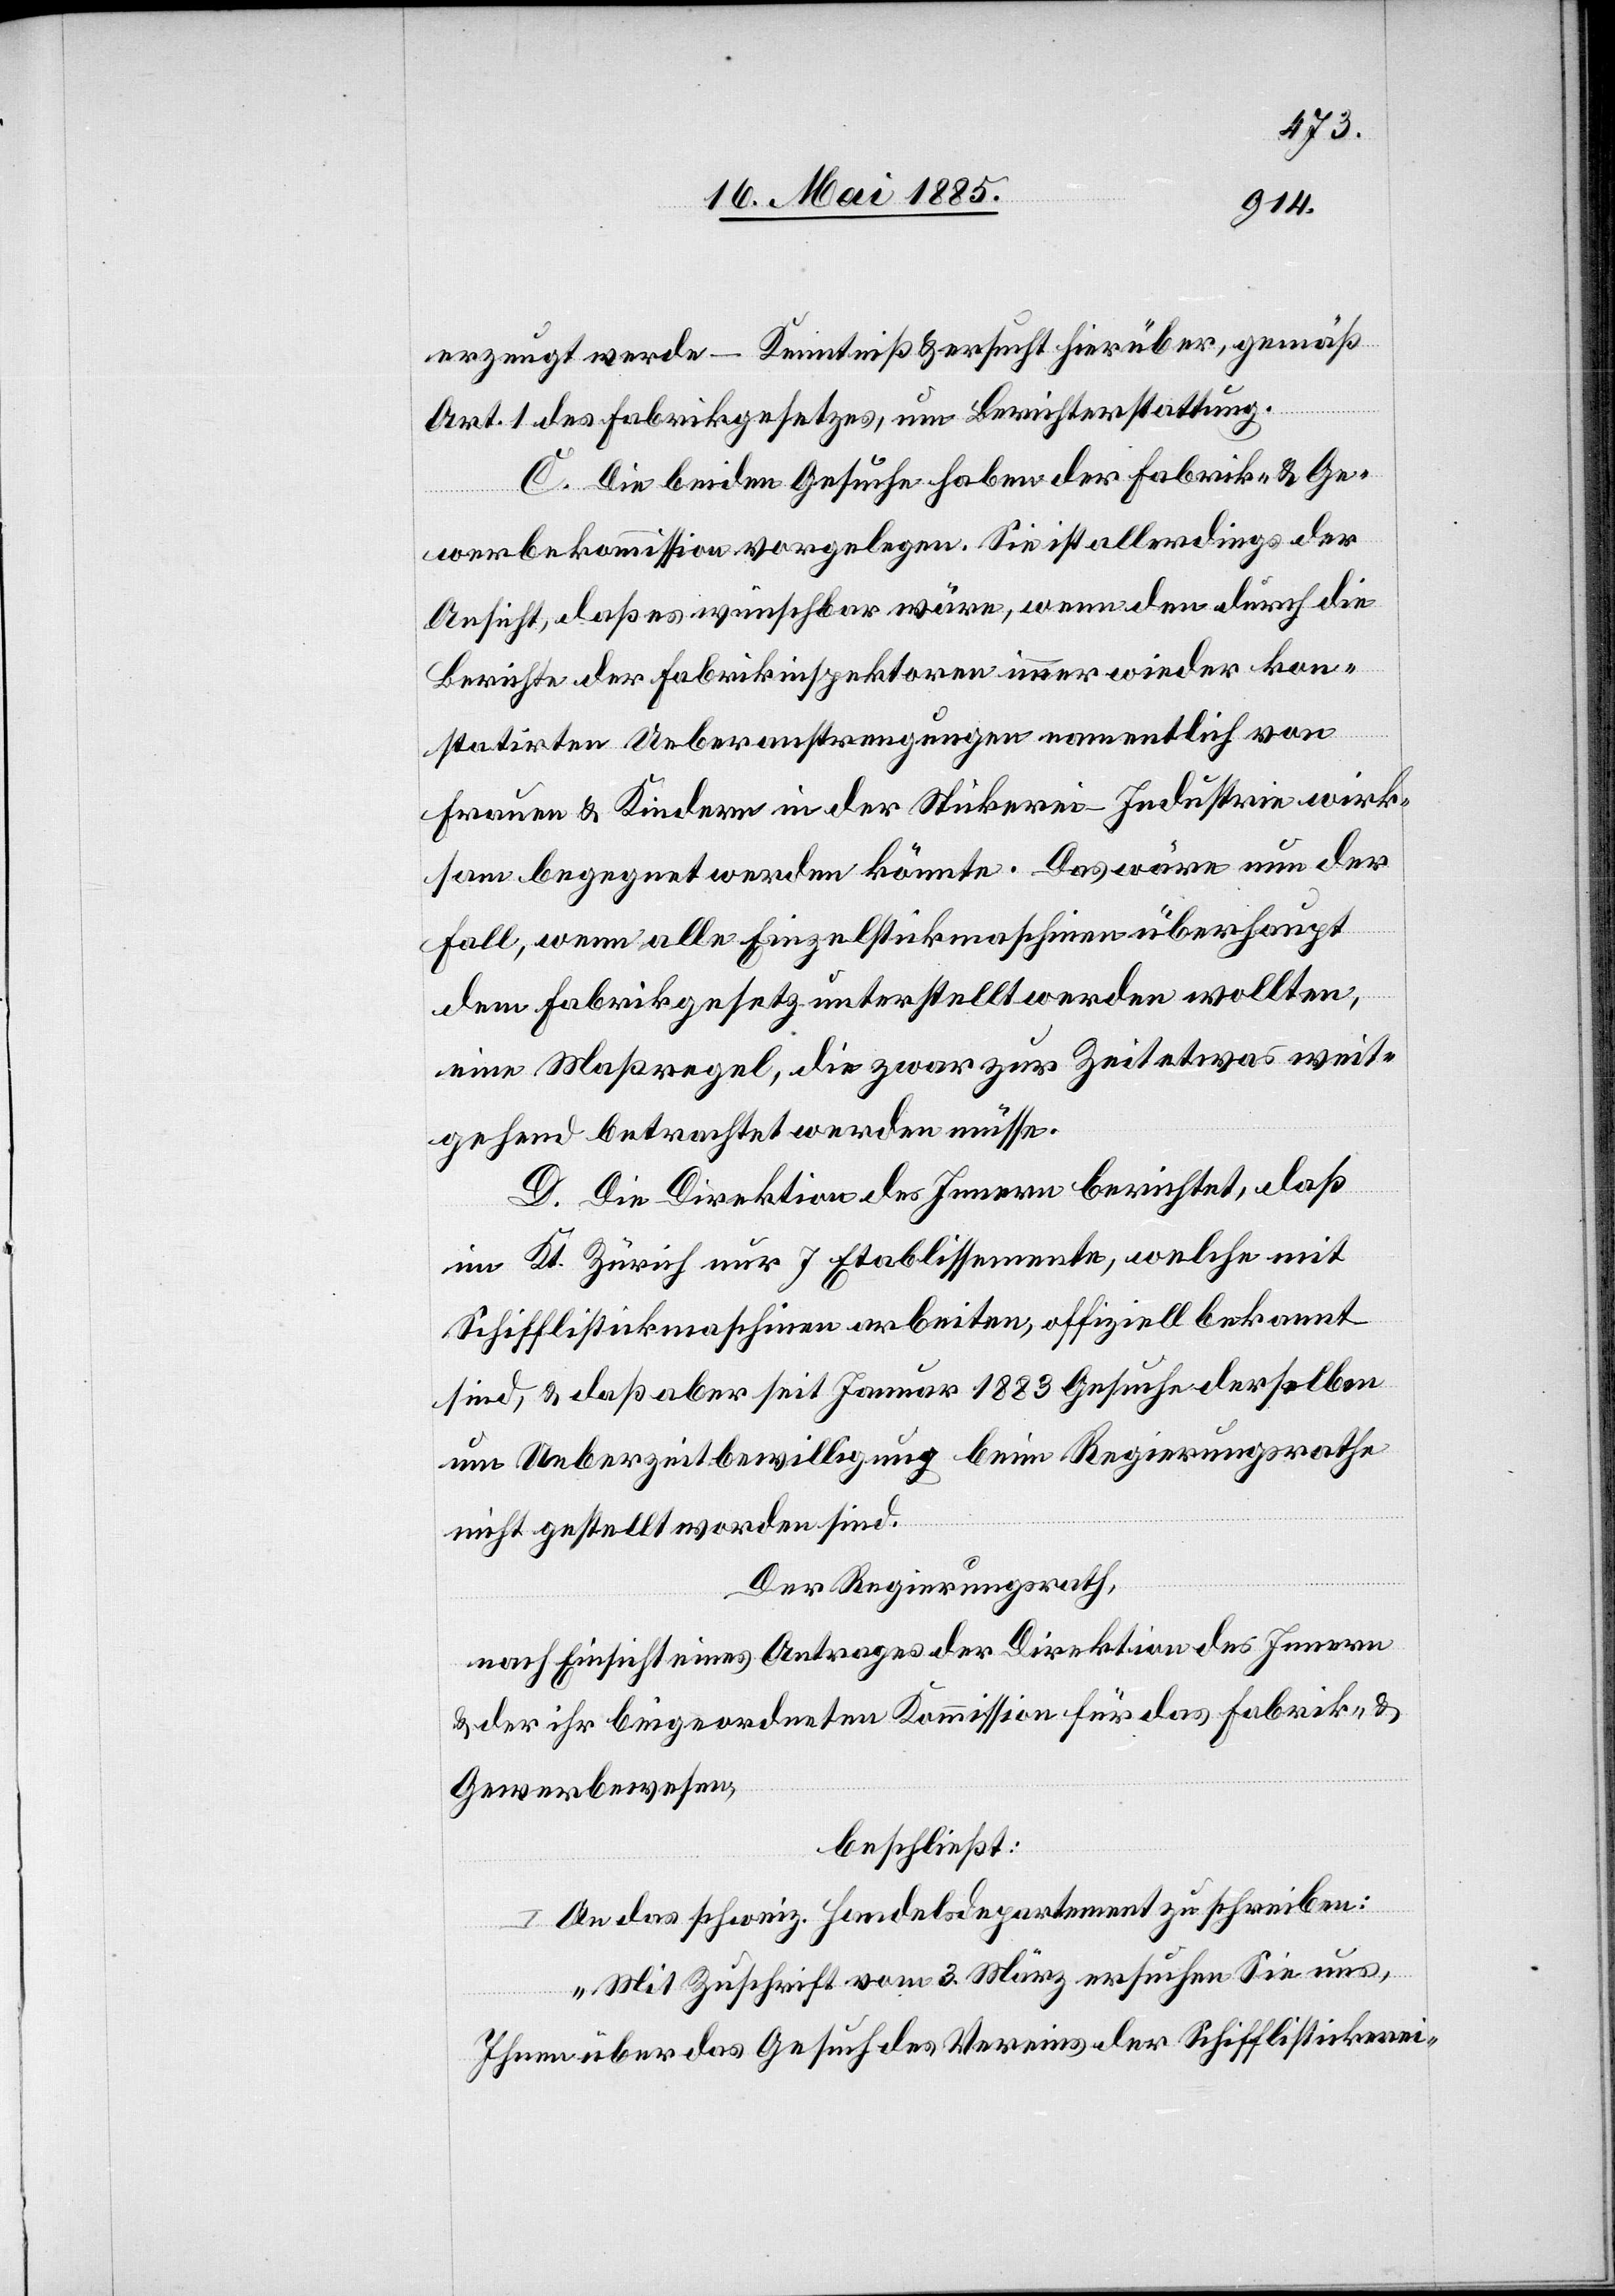
erzeugt werde – Kenntniß & ersucht hierüber, gemäß
Art. 1 des Fabrikgesetzes, um Berichterstattung.
C. Die beiden Gesuche haben der Fabrik- & Ge¬
werbekommission vorgelegen. Sie ist allerdings der
Ansicht, daß es wünschbar wäre, wenn den durch die
Berichte der Fabrikinspektoren immer wieder kon¬
statirten Ueberanstrengungen namentlich von
Frauen & Kindern in der Stickerei-Industrie wirk¬
sam begegnet werden könnte. Das wäre nun der
Fall, wenn alle Einzelstickmaschinen überhaupt
dem Fabrikgesetz unterstellt werden wollten,
eine Maßregel, die zwar zur Zeit etwas weit¬
gehend betrachtet werden müsse.
D. Die Direktion des Innern berichtet, daß
im Kt. Zürich nur 7 Etablissemente, welche mit
Schifflistickermaschinen arbeiten, offiziell bekannt
sind, & daß aber seit Januar 1883 Gesuche derselben
um Ueberzeitbewilligung beim Regierungsrathe
nicht gestellt worden sind.
Der Regierungsrath,
nach Einsicht eines Antrages der Direktion des Innern
& der ihr beigeordneten Kommission für das Fabrik- &
Gewerbewesen,
beschließt:
I. An das schweiz. Handelsdepartement zu schreiben:
„Mit Zuschrift vom 3. März ersuchen Sie uns,
Ihnen über das Gesuch des Vereins der Schifflistickerei-